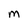
Character: M